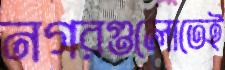
নগরগুলোতেই